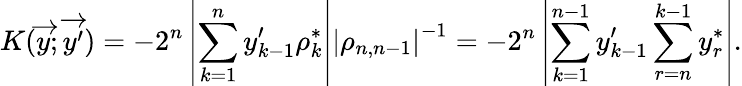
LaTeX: K(\overrightarrow{y};\overrightarrow{y^{\prime}})=-2^{n}\left|\sum_{k=1}^{n}y_{k-1}^{\prime}\rho_{k}^{*}\right|\left|\rho_{n,n-1}\right|^{-1}=-2^{n}\left|\sum_{k=1}^{n-1}y_{k-1}^{\prime}\sum_{r=n}^{k-1}y_{r}^{*}\right|.